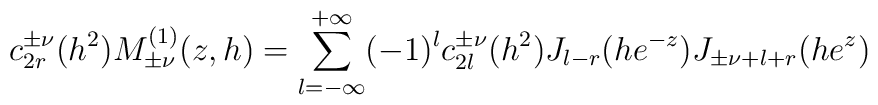
c^{\pm\nu}_{2r}(h^2) M^{(1)}_{\pm\nu}(z,h)=\sum^{+\infty}_{l=-\infty}(-1)^lc^{\pm\nu}_{2l}(h^2)J_{l-r}(he^{-z})J_{\pm\nu+l+r}(he^{z})